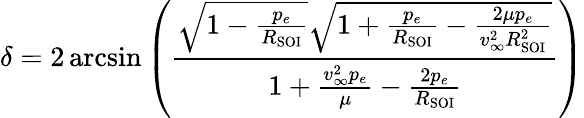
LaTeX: \delta=2\arcsin\left({\frac{{\sqrt{1-{\frac{p_{e}}{R_{\mathrm{SOI}}}}}}{\sqrt{1+{\frac{p_{e}}{R_{\mathrm{SOI}}}}-{\frac{2\mu p_{e}}{v_{\infty}^{2}R_{\mathrm{SOI}}^{2}}}}}}{1+{\frac{v_{\infty}^{2}p_{e}}{\mu}}-{\frac{2p_{e}}{R_{\mathrm{SOI}}}}}}\right)